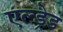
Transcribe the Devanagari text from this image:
एल्ड्रेड